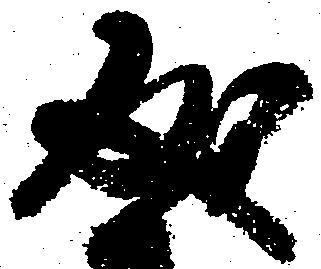
成